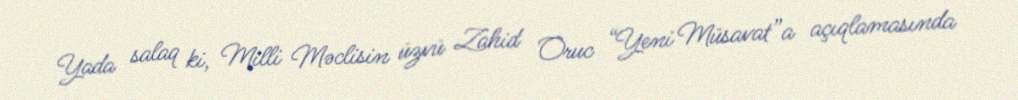
Yada salaq ki, Milli Məclisin üzvü Zahid Oruc “Yeni Müsavat”a açıqlamasında